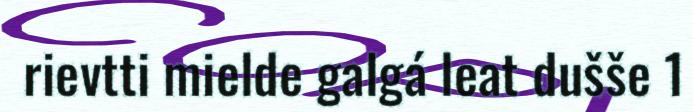
rievtti mielde galgá leat dušše 1